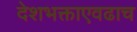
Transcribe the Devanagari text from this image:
देशभक्ताएवढाच